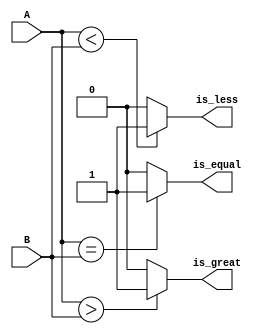
`timescale 1ns / 1ps
//////////////////////////////////////////////////////////////////////////////////
//
// HUST Verilog Experiment 4 and 5 Comparator
//
// Pan Yue
//
//////////////////////////////////////////////////////////////////////////////////

module comparator(A, B, is_equal, is_great, is_less);
	parameter WIDTH = 32;

	input [WIDTH-1:0] A, B;
	output is_equal, is_great, is_less;

	assign is_equal = (A == B) ? 1'b1 : 1'b0;
	assign is_great = (A > B) ? 1'b1 : 1'b0;
	assign is_less = (A < B) ? 1'b1 : 1'b0;
endmodule